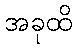
အခုထိ